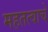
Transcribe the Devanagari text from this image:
महतत्वाचे